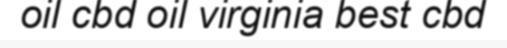
oil cbd oil virginia best cbd